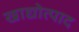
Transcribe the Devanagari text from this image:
खाद्योत्पाद